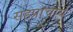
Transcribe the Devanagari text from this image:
सहप्राचार्य